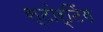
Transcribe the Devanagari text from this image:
स्टोर्टिंग